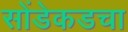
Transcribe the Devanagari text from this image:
सोंडेकडचा